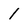
Character: 1